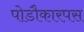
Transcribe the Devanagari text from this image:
पोडौकारपस